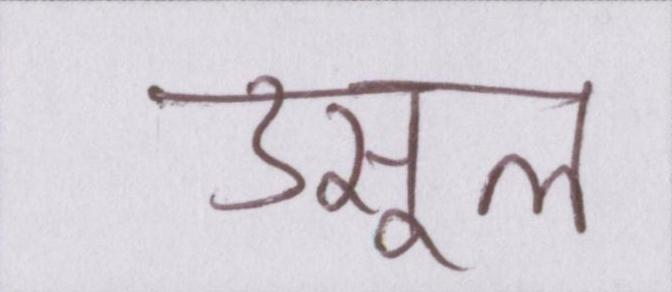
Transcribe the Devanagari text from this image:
उसूल